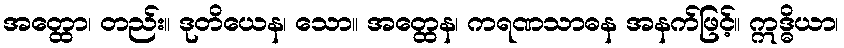
အတ္ထော၊ တည်း။ ဒုတိယေန၊ သော။ အတ္ထေန၊ ကရဏသာဓန အနက်ဖြင့်။ ဣဒ္ဓိယာ၊